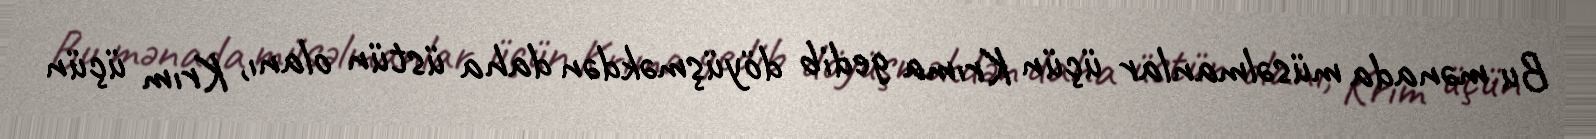
Bu mənada müsəlmanlar üçün Krıma gedib döyüşməkdən daha üstün olanı, Krım üçün